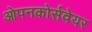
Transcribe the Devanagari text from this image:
ओपनकोर्सवेयर